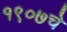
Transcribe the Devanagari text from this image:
१९०७चे